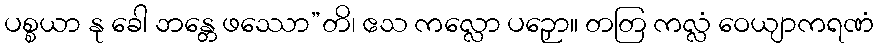
ပစ္စယာ နု ခေါ ဘန္တေ ဖဿော”တိ၊ ဧသ ကလ္လော ပဉှော။ တတြ ကလ္လံ ဝေယျာကရဏံ